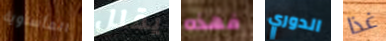
المأساوية يقلل فهذه الدوري غذا